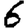
Digit: 6